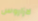
لازاروس